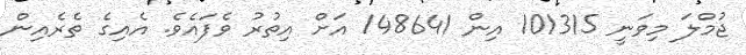
ޖުމްލަ މިވަނީ 101315 އިން 148641 އަށް އިތުރު ވެފައެވެ. އެއިގެ ތެރެއިން